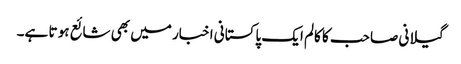
گیلانی صاحب کا کالم ایک پاکستانی اخبار میں بھی شائع ہو تا ہے۔